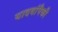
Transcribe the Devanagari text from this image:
यादवांपैकी